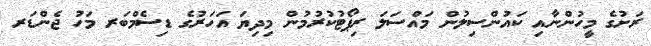
ރަށުގެ މީހުންނާއި ކައުންސިލުން މައްސަލަ ރިޕޯޓުކުރުމުން މިދިޔަ އަހަރުގެ ޑިސެމްބަރ މަހު ޖެންޑަރ